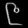
Digit: ၉